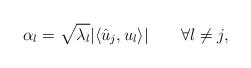
LaTeX: \begin{align*}\alpha_{l}=\sqrt{\lambda_l}|\langle\hat u_j,u_l\rangle|\qquad\forall l\neq j,\end{align*}